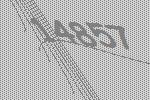
14857